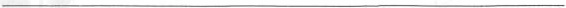
___